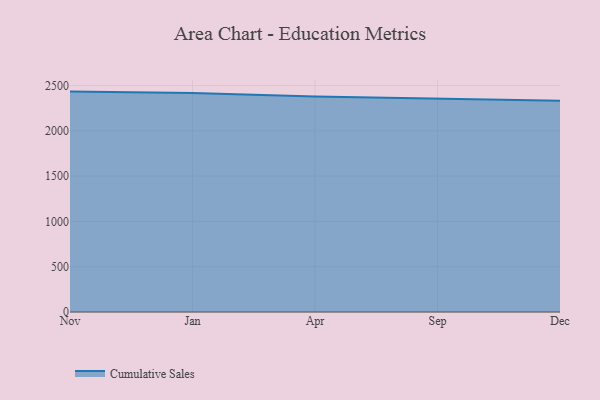
{"axis": {"x": "Month", "y": "Market Share (%)"}, "legend": ["Cumulative Sales"], "data": [{"x": "Nov", "y": 2432.6, "type": "Cumulative Sales"}, {"x": "Jan", "y": 2416.6, "type": "Cumulative Sales"}, {"x": "Apr", "y": 2378.4, "type": "Cumulative Sales"}, {"x": "Sep", "y": 2350.9, "type": "Cumulative Sales"}, {"x": "Dec", "y": 2331.6, "type": "Cumulative Sales"}]}